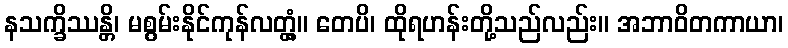
နသက္ခိဿန္တိ၊ မစွမ်းနိုင်ကုန်လတ္တံ့။ တေပိ၊ ထိုရဟန်းတို့သည်လည်း။ အဘာဝိတကာယာ၊